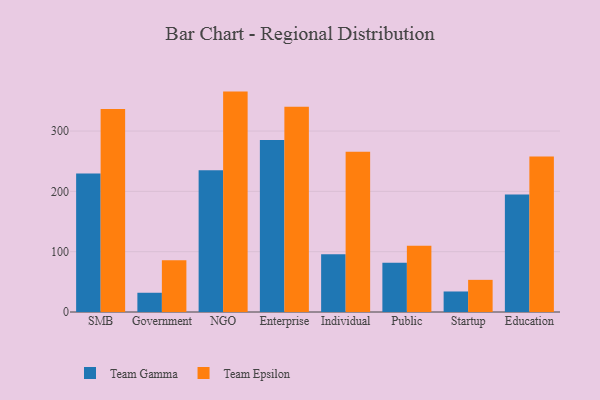
{"axis": {"x": "Segment", "y": "Conversion Rate (%)"}, "legend": ["Team Epsilon", "Team Gamma"], "data": [{"x": "SMB", "y": 229.6, "type": "Team Gamma"}, {"x": "SMB", "y": 336.4, "type": "Team Epsilon"}, {"x": "Government", "y": 31.9, "type": "Team Gamma"}, {"x": "Government", "y": 86.0, "type": "Team Epsilon"}, {"x": "NGO", "y": 234.8, "type": "Team Gamma"}, {"x": "NGO", "y": 365.4, "type": "Team Epsilon"}, {"x": "Enterprise", "y": 285.0, "type": "Team Gamma"}, {"x": "Enterprise", "y": 340.2, "type": "Team Epsilon"}, {"x": "Individual", "y": 95.8, "type": "Team Gamma"}, {"x": "Individual", "y": 265.6, "type": "Team Epsilon"}, {"x": "Public", "y": 81.6, "type": "Team Gamma"}, {"x": "Public", "y": 109.8, "type": "Team Epsilon"}, {"x": "Startup", "y": 34.0, "type": "Team Gamma"}, {"x": "Startup", "y": 53.3, "type": "Team Epsilon"}, {"x": "Education", "y": 194.9, "type": "Team Gamma"}, {"x": "Education", "y": 258.0, "type": "Team Epsilon"}]}